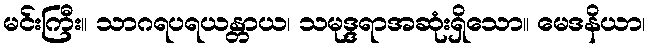
မင်းကြီး။ သာဂရပရယန္တာယ၊ သမုဒ္ဒရာအဆုံးရှိသော။ မေဒနိယာ၊